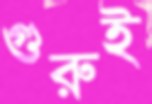
গুরুই